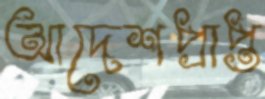
আদেশপ্রাপ্ত